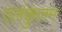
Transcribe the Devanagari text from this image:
एलंकुलम